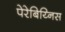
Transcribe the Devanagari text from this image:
पेरेबिय्निस